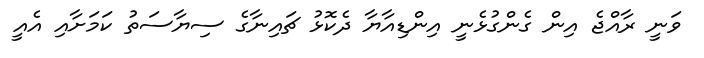
ވަނީ ރާއްޖެ އިން ގެންގުޅެނީ އިންޑިއާޔާ ދެކޮޅު ޗައިނާގެ ސިޔާސަތު ކަމަށާއި އެއީ